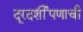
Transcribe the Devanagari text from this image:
दूरदर्शीपणाची